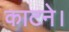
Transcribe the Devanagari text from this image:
काटने।